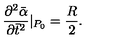
\frac { \partial ^ { 2 } \bar { \alpha } } { \partial \bar { t } ^ { 2 } } | _ { P _ { 0 } } = \frac { R } { 2 } .